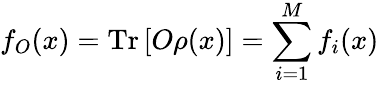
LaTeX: f_{O}(x)=\mathrm{Tr}\left[O\rho(x)\right]=\sum_{i=1}^{M}f_{i}(x)